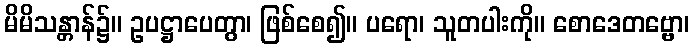
မိမိသန္တာန်၌။ ဥပဋ္ဌာပေတွာ၊ ဖြစ်စေ၍။ ပရော၊ သူတပါးကို။ စောဒေတဗ္ဗော၊